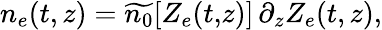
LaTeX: n_{e}(t,z)=\widetilde{n_{0}}\! \left[Z_{e}(t,\! z)\right]\, \partial_{z}Z_{e}(t,z),